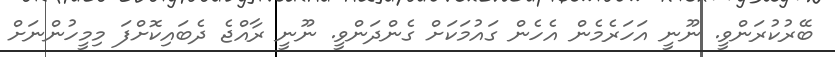
ބޭރުކުރަންވީ. ނޫނީ އަހަރެމެން އެހެން ގައުމަކަށް ގެންދަންވީ. ނޫނީ ރާއްޖެ ދެބައިކޮށްފަ މިމީހުންނަށް